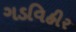
ગડવિહીર